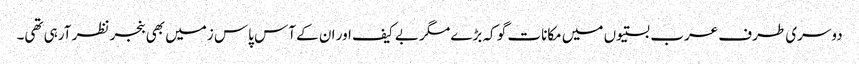
دوسری طرف عرب بستیوں میں مکانات گو کہ بڑے مگر بے کیف اور ان کے آس پاس زمیں بھی بنجر نظر آرہی تھی۔